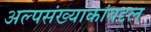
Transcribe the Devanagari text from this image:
अल्पसंख्याकांबद्दल